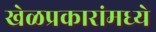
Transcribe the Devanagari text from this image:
खेळप्रकारांमध्ये